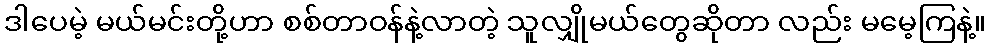
ဒါပေမဲ့ မယ်မင်းတို့ဟာ စစ်တာဝန်နဲ့လာတဲ့ သူလျှိုမယ်တွေဆိုတာ လည်း မမေ့ကြနဲ့။